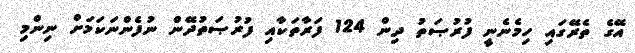
އޭގެ ތެރޭގައި ހިމެނެނީ ފުރުޞަތު ދިން 124 ފަރާތަކާއި ފުރުޞަތުދޭން ނުފެންނަކަމަށް ނިންމި